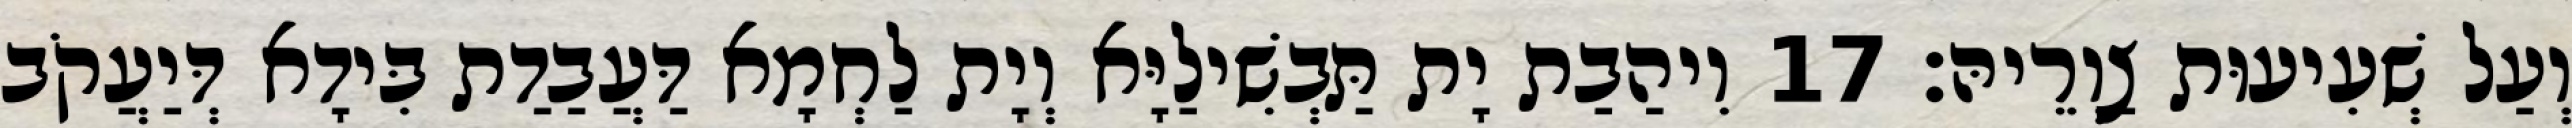
וְעַל שְׁעִיעוּת צַוְרֵיהּ׃ 17 וִיהַבַת יָת תַּבְשִׁילַיָּא וְיָת לַחְמָא דַּעֲבַדַת בִּידָא דְּיַעֲקֹב